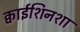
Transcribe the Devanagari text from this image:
क्वाईशिनशा